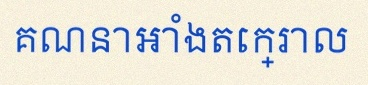
គណនាអាំងតេក្រាល